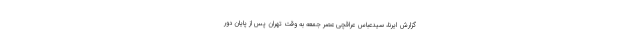
گزارش ایرنا، سیدعباس عراقچی عصر جمعه به وقت تهران پس از پایان دور